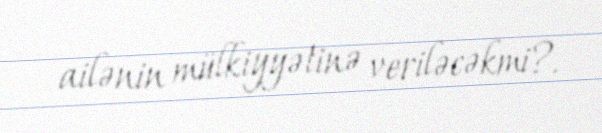
ailənin mülkiyyətinə veriləcəkmi?.